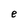
Character: e